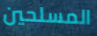
المسلحين